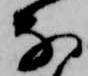
な